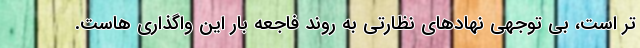
تر است، بی توجهی نهادهای نظارتی به روند فاجعه بار این واگذاری هاست.